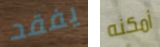
يفقد أمكنه